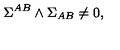
\Sigma ^ { A B } \wedge \Sigma _ { A B } \not = 0 , \label d